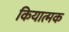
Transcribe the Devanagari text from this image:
कियात्मक